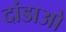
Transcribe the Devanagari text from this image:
दांडाओ